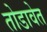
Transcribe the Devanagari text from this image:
तोडावेत